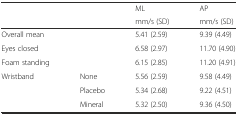
|  |  | ML | AP |
 |  |  | mm/s (SD) | mm/s (SD) |
 | --- | --- | --- | --- |
 | Overall mean |  | 5.41 (2.59) | 9.39 (4.49) |
 | Eyes closed |  | 6.58 (2.97) | 11.70 (4.90) |
 | Foam standing |  | 6.15 (2.85) | 11.20 (4.91) |
 | Wristband | None | 5.56 (2.59) | 9.58 (4.49) |
 |  | Placebo | 5.34 (2.68) | 9.22 (4.51) |
 |  | Mineral | 5.32 (2.50) | 9.36 (4.50) |